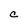
Character: C